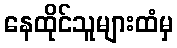
နေထိုင်သူများထံမှ